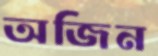
অজিন